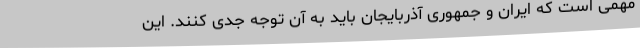
مهمی است که ایران و جمهوری آذربایجان باید به آن توجه جدی کنند. این